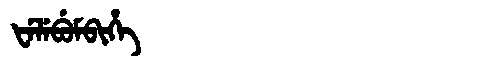
Manchu: ᡶᡝᠯᡝᠪᡠᠮᠪᡳᡥᡝ
Romanization: FELEBUMBIHE